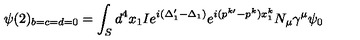
\psi ( 2 ) _ { b = c = d = 0 } = \int _ { S } d ^ { 4 } x _ { 1 } I e ^ { i ( \Delta _ { 1 } ^ { \prime } - \Delta _ { 1 } ) } e ^ { i ( p ^ { k \prime } - p ^ { k } ) x _ { 1 } ^ { k } } N _ { \mu } \gamma ^ { \mu } \psi _ { 0 }